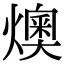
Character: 燠